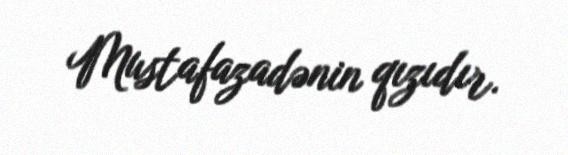
Mustafazadənin qızıdır.